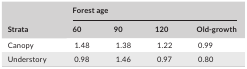
<table><thead><tr><td rowspan="2"><b>Strata</b></td><td colspan="4"><b>Forest age</b></td></tr><tr><td><b>60</b></td><td><b>90</b></td><td><b>120</b></td><td><b>Old‐growth</b></td></tr></thead><tbody><tr><td>Canopy</td><td>1.48</td><td>1.38</td><td>1.22</td><td>0.99</td></tr><tr><td>Understory</td><td>0.98</td><td>1.46</td><td>0.97</td><td>0.80</td></tr></tbody></table>